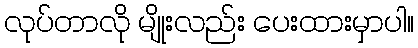
လုပ်တာလို မျိုးလည်း ပေးထားမှာပါ။